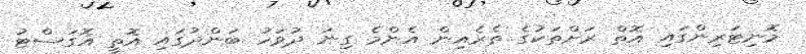
މޮނިޓަރިންގައި އޮތް ރަށްތަކުގެ ތެރެއިން އެންމެ ގިނަ ދުވަހު ބަންދުގައި އޮތީ އޮގަސްޓު